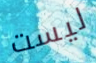
ليست